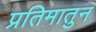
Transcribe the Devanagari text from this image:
प्रतिमातुन